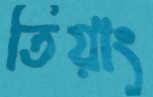
তিয়াং